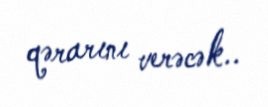
qərarını verəcək..